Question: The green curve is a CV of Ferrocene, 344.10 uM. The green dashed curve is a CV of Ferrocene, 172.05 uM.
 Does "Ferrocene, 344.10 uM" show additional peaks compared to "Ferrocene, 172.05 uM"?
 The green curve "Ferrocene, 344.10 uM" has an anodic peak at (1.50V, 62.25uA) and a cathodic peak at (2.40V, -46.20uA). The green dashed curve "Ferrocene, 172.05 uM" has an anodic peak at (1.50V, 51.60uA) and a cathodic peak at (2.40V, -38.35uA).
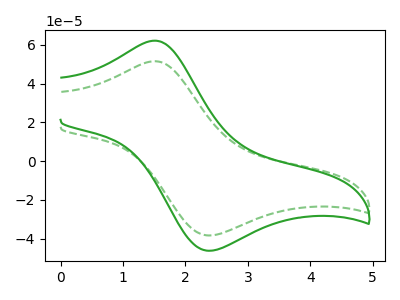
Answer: <think>All the peaks in "Ferrocene, 344.10 uM" have a peak in "Ferrocene, 172.05 uM" at the same potential. Every peak in "Ferrocene, 344.10 uM" is higher than every peak in "Ferrocene, 172.05 uM".
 </think>
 <answer>No, "Ferrocene, 344.10 uM" and "Ferrocene, 172.05 uM" don't appear to be significantly different in shape</answer>
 <eval>no_change</eval>